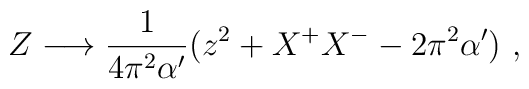
Z\longrightarrow \frac{1}{4\pi^2\alpha'}(z^2+X^+X^--2\pi^2\alpha') \ ,